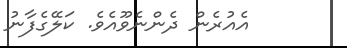
އެއުރެން ދެންނެވޫއެވެ. ކަލޭގެފާނު